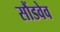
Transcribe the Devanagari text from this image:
सौंडवेव